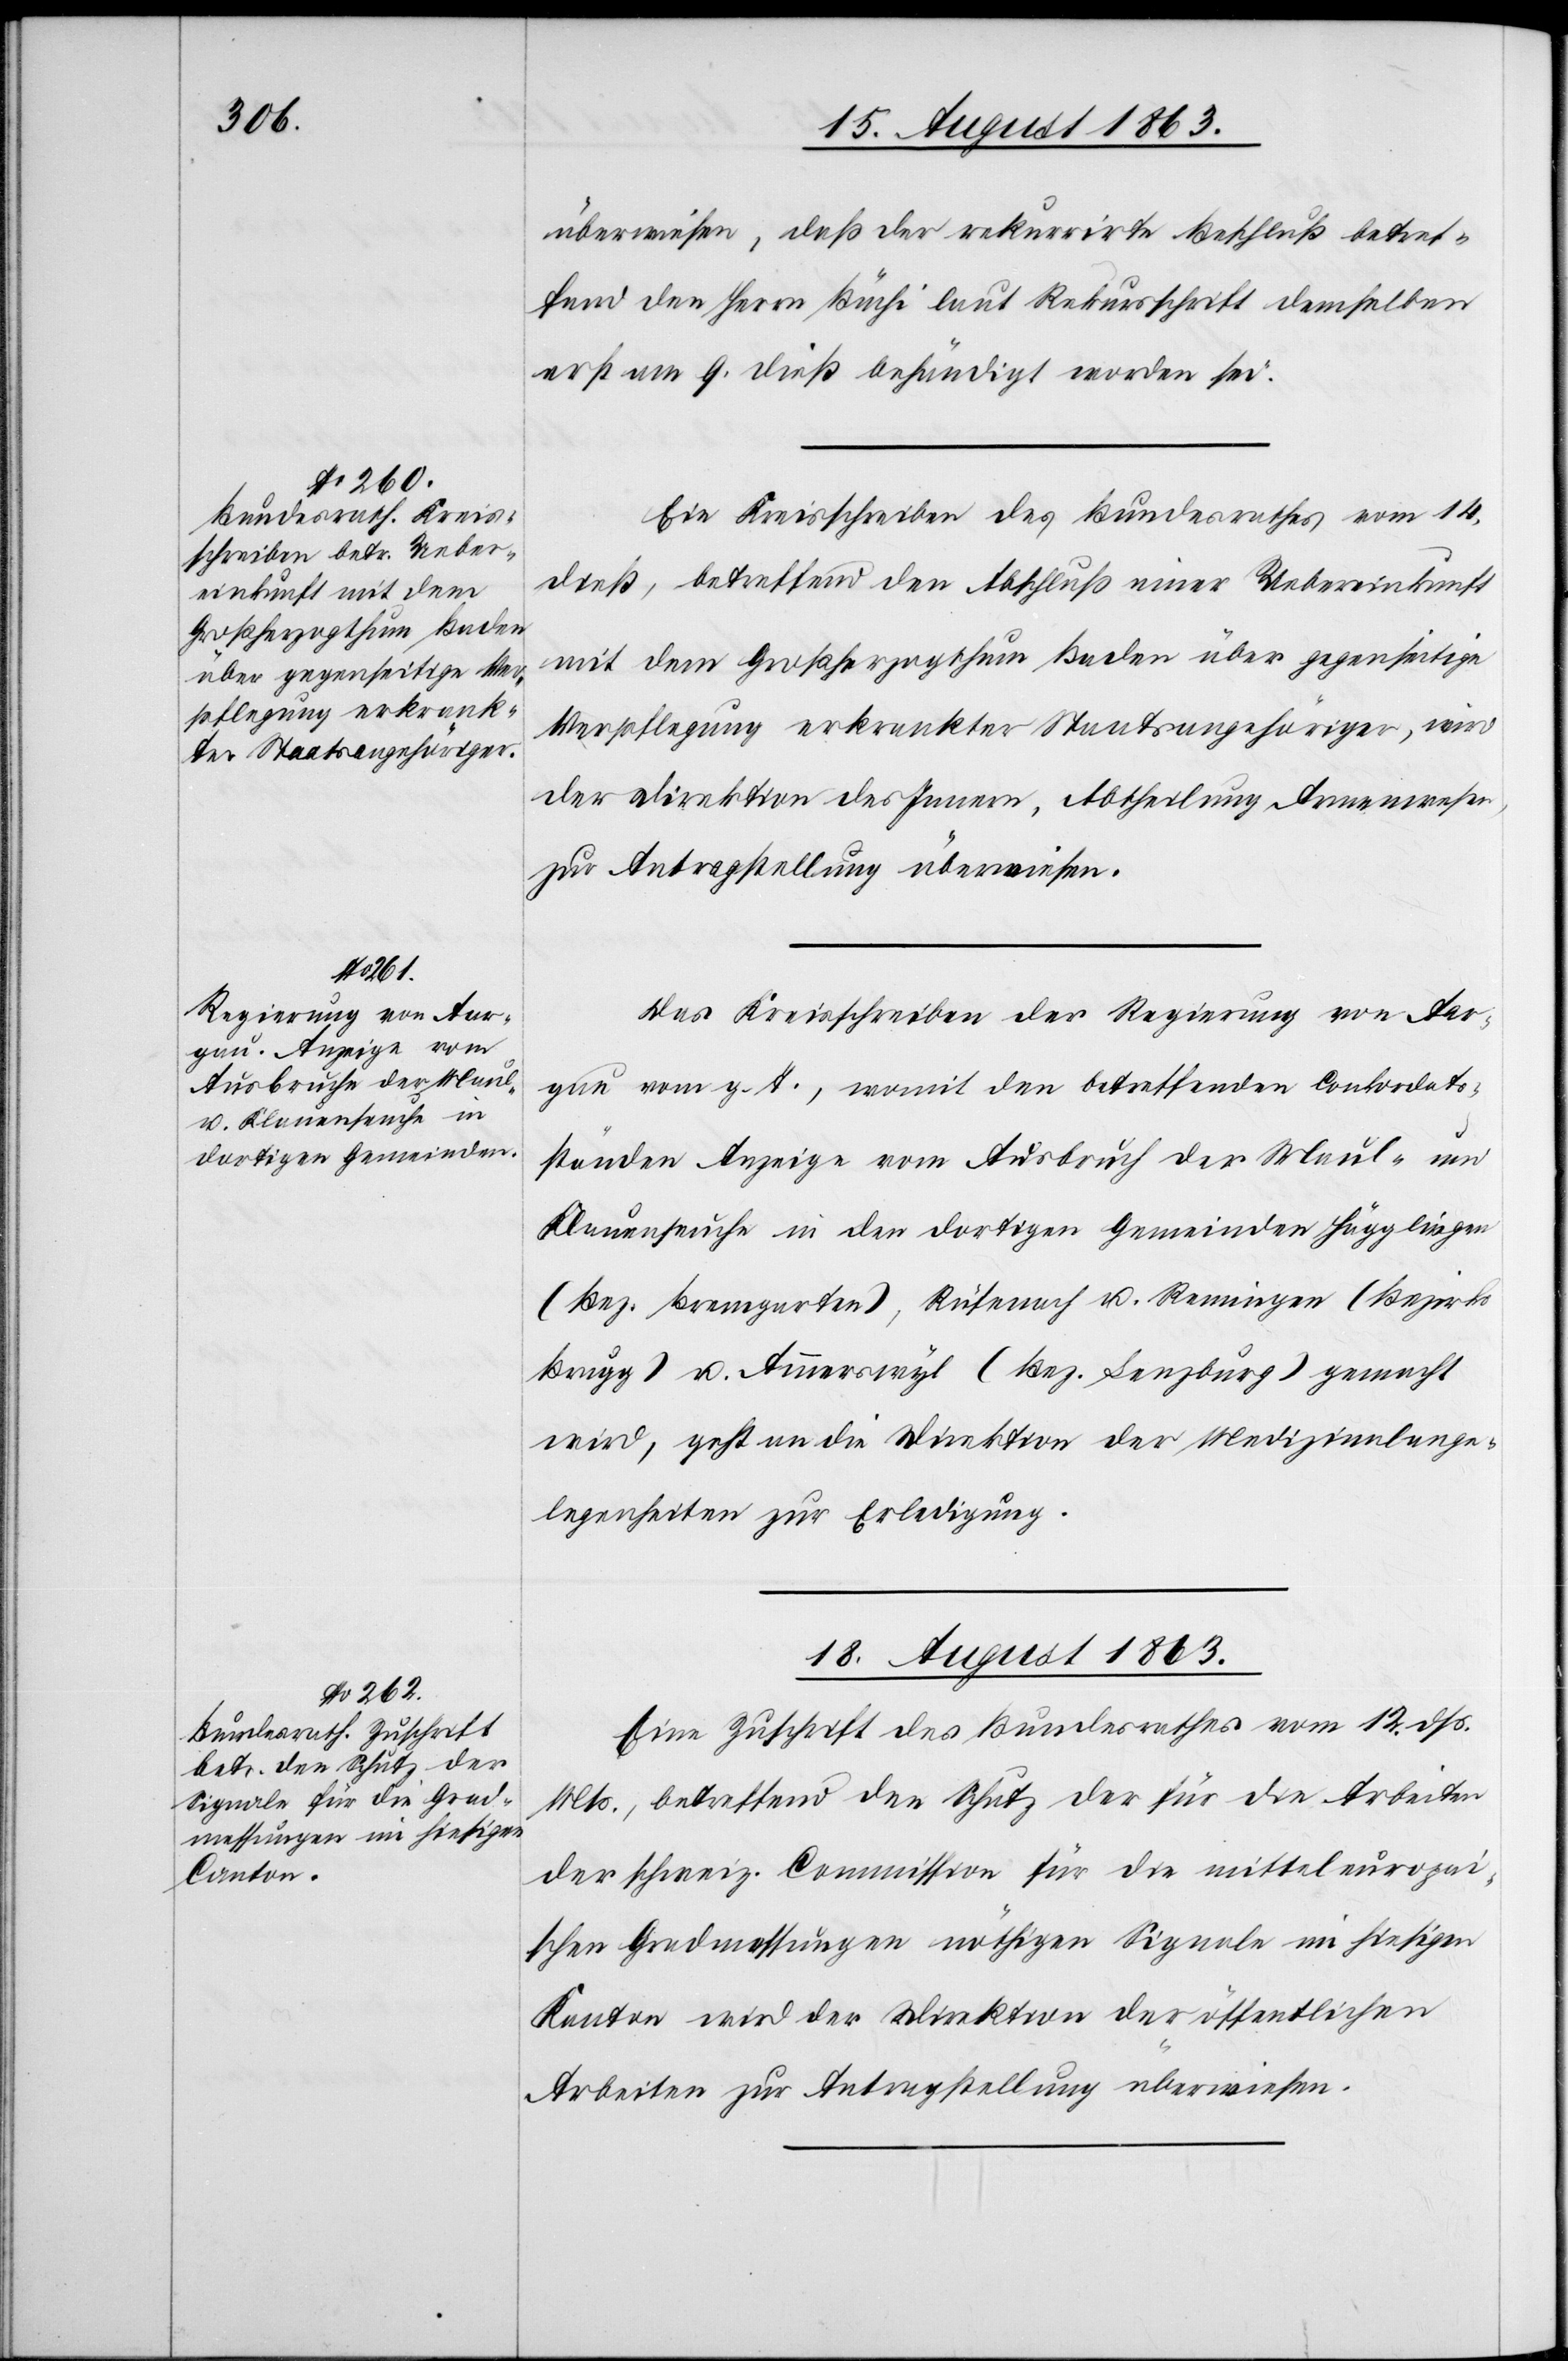
überwiesen, daß der rekurrirte Beschluß betref¬
fend den Herrn Büchi laut Rekursschrift demselben
erst am 9. dieß behändigt worden sei.
Ein Kreisschreiben des Bundesrathes vom 14.
dieß, betreffend den Abschluß einer Uebereinkunft
mit dem Großherzogthum Baden über gegenseitige
Verpflegung erkrankter Staatsangehöriger, wird
der Direktion des Innern, Abtheilung Armenwesen,
zur Antragstellung überwiesen.
Das Kreisschreiben der Regierung von Aar¬
gau vom g. T., womit den betreffenden Conkordats¬
ständen Anzeige vom Ausbruch der Maul- und
Klauenseuche in den dortigen Gemeinden Hägglingen
(Bez. Bremgarten), Rüfenach u. Remingen (Bezirks
Brugg) u. Ammerswyl (Bez. Lenzburg) gemacht
wird, geht an die Direktion der Medizinalange¬
legenheiten zur Erledigung.
18. August 1863.
Eine Zuschrift des Bundesrathes vom 12. dß.
Mts., betreffend den Schutz der für die Arbeiten
der schweiz. Commission für die mitteleuropaischen
[sic!] Gradmessungen nöthigen Signale im hiesigen
Kanton wird der Direktion der öffentlichen
Arbeiten zur Antragstellung überwiesen.